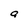
Character: g